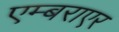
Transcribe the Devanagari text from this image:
एम्बराएर